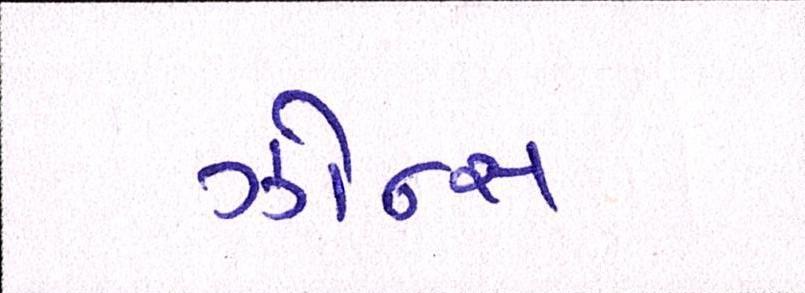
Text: ઝોન્સ